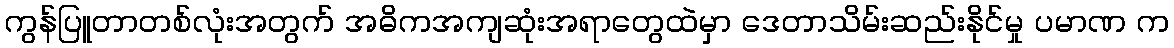
ကွန်ပြူတာတစ်လုံးအတွက် အဓိကအကျဆုံးအရာတွေထဲမှာ ဒေတာသိမ်းဆည်းနိုင်မှု ပမာဏ က